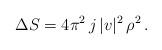
LaTeX: \begin{align*}\Delta S= 4\pi^2\, j\, |v|^2\, \rho^2\,.\end{align*}